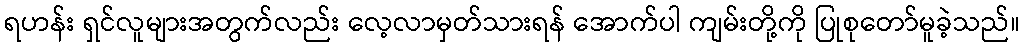
ရဟန်း ရှင်လူများအတွက်လည်း လေ့လာမှတ်သားရန် အောက်ပါ ကျမ်းတို့ကို ပြုစုတော်မူခဲ့သည်။